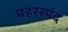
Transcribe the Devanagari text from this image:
महरस्पंद